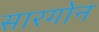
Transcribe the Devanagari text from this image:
सारगोन